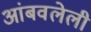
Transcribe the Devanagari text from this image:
आंबवलेली